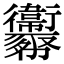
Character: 𢆈